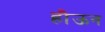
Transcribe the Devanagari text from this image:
हौऊन